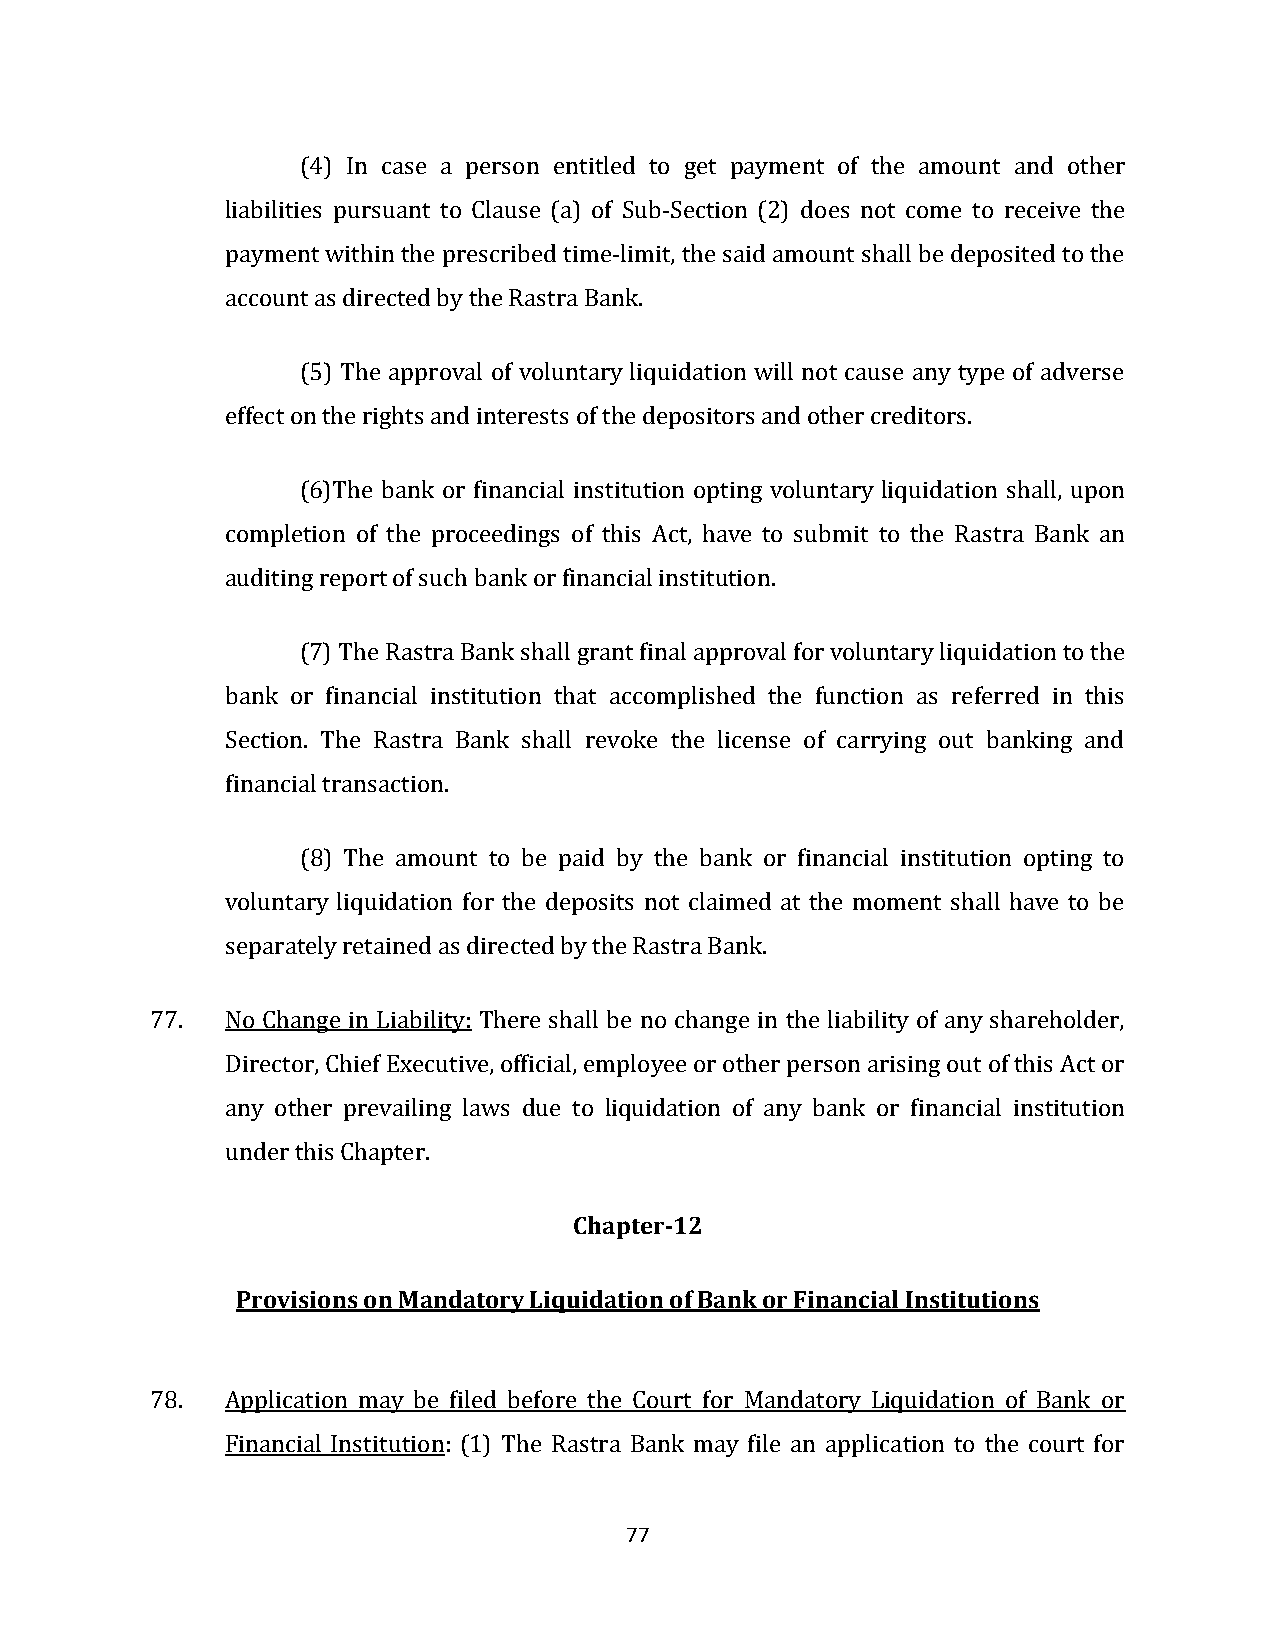
(4) In case a person entitled to get payment of the amount and other
 liabilities pursuant to Clause (a) of Sub-Section (2) does not come to receive the
 payment within the prescribed time-limit, the said amount shall be deposited to the
 account as directed by the Rastra Bank.
 (5) The approval of voluntary liquidation will not cause any type of adverse
 effect on the rights and interests of the depositors and other creditors.
 (6)The bank or financial institution opting voluntary liquidation shall, upon
 completion of the proceedings of this Act, have to submit to the Rastra Bank an
 auditing report of such bank or financial institution.
 (7) The Rastra Bank shall grant final approval for voluntary liquidation to the
 bank or financial institution that accomplished the function as referred in this
 Section. The Rastra Bank shall revoke the license of carrying out banking and
 financial transaction.
 (8) The amount to be paid by the bank or financial institution opting to
 voluntary liquidation for the deposits not claimed at the moment shall have to be
 separately retained as directed by the Rastra Bank.
 77.  No Change in Liability: There shall be no change in the liability of any shareholder,
 Director, Chief Executive, official, employee or other person arising out of this Act or
 any other prevailing laws due to liquidation of any bank or financial institution
 under this Chapter.
 Chapter-12
 Provisions on Mandatory Liquidation of Bank or Financial Institutions
 78.  Application may be filed before the Court for Mandatory Liquidation of Bank or
 Financial Institution: (1) The Rastra Bank may file an application to the court for
 77